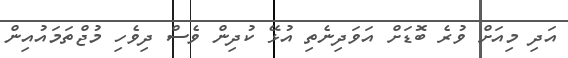
އަދި މިއަށް ވުރެ ބޮޑަށް އަވަދިނެތި އުޅޭ ކުދިން ވެސް ދިވެހި މުޖްތަމައުއިން